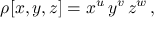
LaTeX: \rho [ x , y , z ] = x ^ { u } \, y ^ { v } \, z ^ { w } \, ,